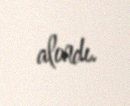
alındı.